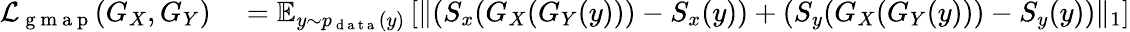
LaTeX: \begin{array}{rl}{\mathcal{L}_{\mathrm{~g~m~a~p~}}(G_{X},G_{Y})}&{{}=\mathbb{E}_{y\sim p_{\mathrm{~d~a~t~a~}}(y)}\left[\| (S_{x}(G_{X}(G_{Y}(y)))-S_{x}(y))+(S_{y}(G_{X}(G_{Y}(y)))-S_{y}(y))\| _{1}\right]}\end{array}